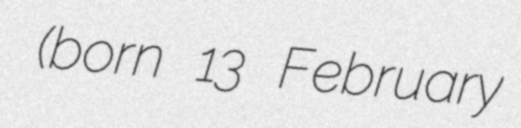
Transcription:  (born 13 February